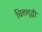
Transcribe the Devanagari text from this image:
चित्तशुद्धी